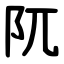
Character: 阢